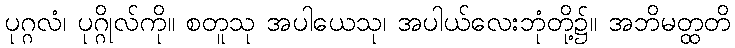
ပုဂ္ဂလံ၊ ပုဂ္ဂိုလ်ကို။ စတူသု အပါယေသု၊ အပါယ်လေးဘုံတို့၌။ အဘိမတ္ထတိ